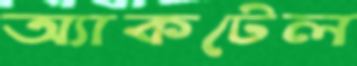
অ্যাকটেল